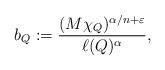
LaTeX: \begin{align*}b_Q:=\frac{(M\chi_Q)^{\alpha/n+\varepsilon}}{\ell(Q)^\alpha},\end{align*}